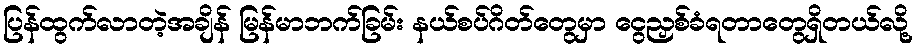
ပြန်ထွက်လာတဲ့အချိန် မြန်မာဘက်ခြမ်း နယ်စပ်ဂိတ်တွေမှာ ငွေညှစ်ခံရတာတွေရှိတယ်လို့